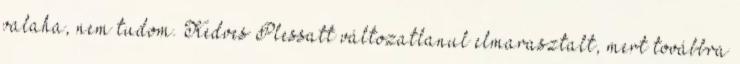
valaha, nem tudom. Kedves Plessatt változatlanul elmarasztalt, mert továbbra